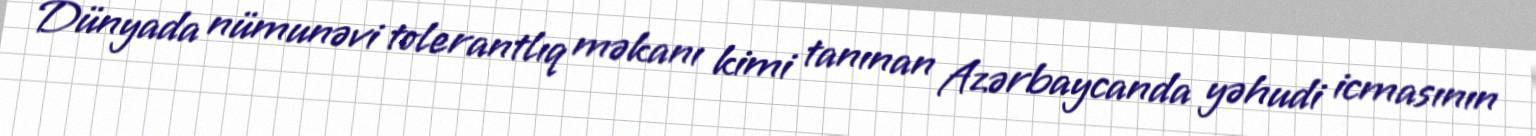
Dünyada nümunəvi tolerantlıq məkanı kimi tanınan Azərbaycanda yəhudi icmasının